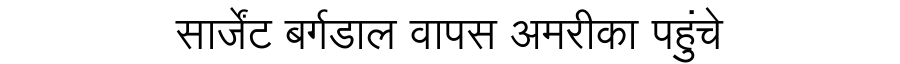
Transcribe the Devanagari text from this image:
सार्जेंट बर्गडाल वापस अमरीका पहुंचे